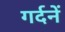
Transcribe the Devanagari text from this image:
गर्दनें